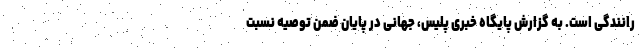
رانندگی است. به گزارش پایگاه خبری پلیس، جهانی در پایان ضمن توصیه نسبت